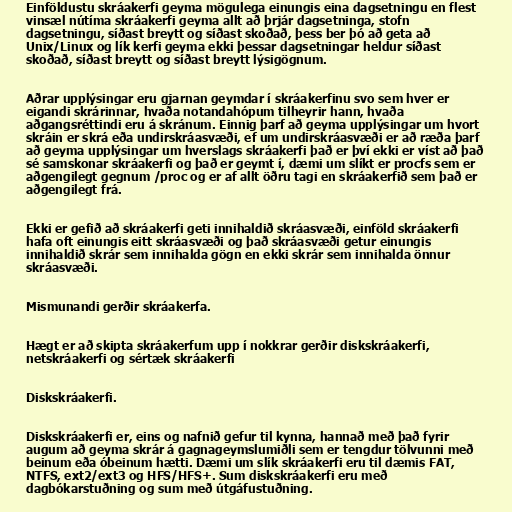
Einföldustu skráakerfi geyma mögulega einungis eina dagsetningu en flest
vinsæl nútíma skráakerfi geyma allt að þrjár dagsetninga, stofn
dagsetningu, síðast breytt og síðast skoðað, þess ber þó að geta að
Unix/Linux og lík kerfi geyma ekki þessar dagsetningar heldur síðast
skoðað, síðast breytt og síðast breytt lýsigögnum.

Aðrar upplýsingar eru gjarnan geymdar í skráakerfinu svo sem hver er
eigandi skrárinnar, hvaða notandahópum tilheyrir hann, hvaða
aðgangsréttindi eru á skránum. Einnig þarf að geyma upplýsingar um hvort
skráin er skrá eða undirskráasvæði, ef um undirskráasvæði er að ræða þarf
að geyma upplýsingar um hverslags skráakerfi það er því ekki er víst að það
sé samskonar skráakerfi og það er geymt í, dæmi um slíkt er procfs sem er
aðgengilegt gegnum /proc og er af allt öðru tagi en skráakerfið sem það er
aðgengilegt frá.

Ekki er gefið að skráakerfi geti innihaldið skráasvæði, einföld skráakerfi
hafa oft einungis eitt skráasvæði og það skráasvæði getur einungis
innihaldið skrár sem innihalda gögn en ekki skrár sem innihalda önnur
skráasvæði.

Mismunandi gerðir skráakerfa.

Hægt er að skipta skráakerfum upp í nokkrar gerðir diskskráakerfi,
netskráakerfi og sértæk skráakerfi

Diskskráakerfi.

Diskskráakerfi er, eins og nafnið gefur til kynna, hannað með það fyrir
augum að geyma skrár á gagnageymslumiðli sem er tengdur tölvunni með
beinum eða óbeinum hætti. Dæmi um slík skráakerfi eru til dæmis FAT,
NTFS, ext2/ext3 og HFS/HFS+. Sum diskskráakerfi eru með
dagbókarstuðning og sum með útgáfustuðning.